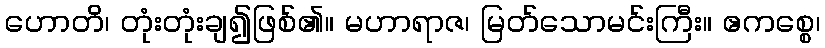
ဟောတိ၊ တုံးတုံးချ၍ဖြစ်၏။ မဟာရာဇ၊ မြတ်သောမင်းကြီး။ ဧကစ္စေ၊